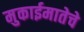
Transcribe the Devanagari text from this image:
मुकाईमातेचे